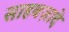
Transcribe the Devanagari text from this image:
साहबज़ादे